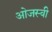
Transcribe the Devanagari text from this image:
ओजस्‍वी